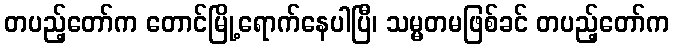
တပည့်တော်က တောင်မြို့ရောက်နေပါပြီ၊ သမ္မတမဖြစ်ခင် တပည့်တော်က